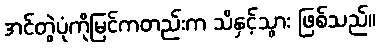
အင်တွဲပုံကိုမြင်ကတည်းက သိနှင့်သွား ဖြစ်သည်။